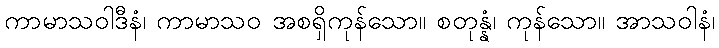
ကာမာသဝါဒီနံ၊ ကာမာသဝ အစရှိကုန်သော။ စတုန္နံ၊ ကုန်သော။ အာသဝါနံ၊